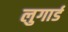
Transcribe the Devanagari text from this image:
लुगार्ड